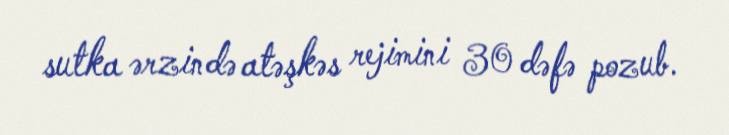
sutka ərzində atəşkəs rejimini 30 dəfə pozub.